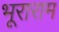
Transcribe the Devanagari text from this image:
भूराराम